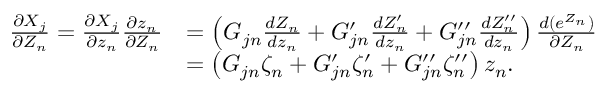
\begin{array} { r l } { \frac { \partial X _ { j } } { \partial Z _ { n } } = \frac { \partial X _ { j } } { \partial z _ { n } } \frac { \partial z _ { n } } { \partial Z _ { n } } } & { = \left( G _ { j n } \frac { d Z _ { n } } { d z _ { n } } + G _ { j n } ^ { \prime } \frac { d Z _ { n } ^ { \prime } } { d z _ { n } } + G _ { j n } ^ { \prime \prime } \frac { d Z _ { n } ^ { \prime \prime } } { d z _ { n } } \right) \frac { d ( e ^ { Z _ { n } } ) } { \partial Z _ { n } } } \\ & { = \left( G _ { j n } \zeta _ { n } + G _ { j n } ^ { \prime } \zeta _ { n } ^ { \prime } + G _ { j n } ^ { \prime \prime } \zeta _ { n } ^ { \prime \prime } \right) z _ { n } . } \end{array}